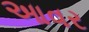
આવર